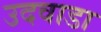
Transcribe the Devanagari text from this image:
उदवाडा